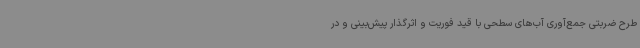
طرح ضربتی جمع‌آوری آب‌های سطحی با قید فوریت و اثرگذار پیش‌بینی و در